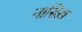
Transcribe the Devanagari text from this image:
नासिख़